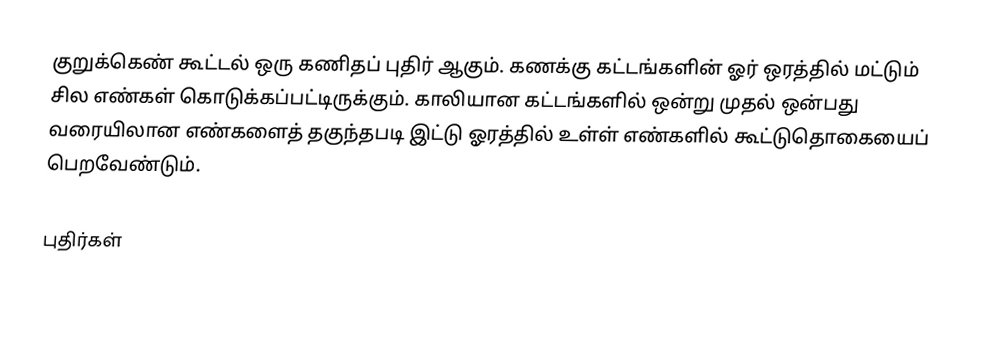
குறுக்கெண் கூட்டல் ஒரு கணிதப் புதிர் ஆகும்.  கணக்கு கட்டங்களின் ஓர் ஒரத்தில் மட்டும் சில எண்கள் கொடுக்கப்பட்டிருக்கும்.  காலியான கட்டங்களில் ஒன்று முதல் ஒன்பது வரையிலான எண்களைத் தகுந்தபடி இட்டு ஓரத்தில் உள்ள் எண்களில் கூட்டுதொகையைப் பெறவேண்டும்.

புதிர்கள்